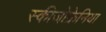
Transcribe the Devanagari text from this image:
स्कीजोफ्रेनिया